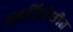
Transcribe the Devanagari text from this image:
अप्रतिबंधीत